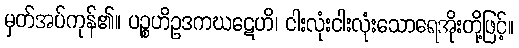
မှတ်အပ်ကုန်၏။ ပဉ္စဟိဥဒကဃဋေဟိ၊ ငါးလုံးငါးလုံးသောရေအိုးတို့ဖြင့်။